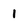
Character: 1